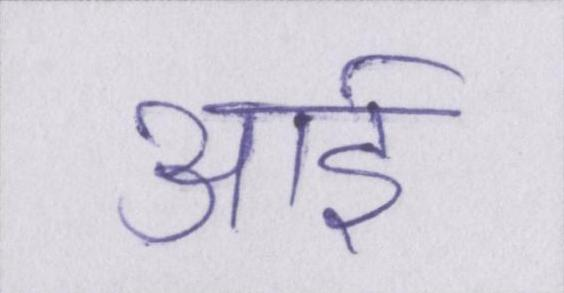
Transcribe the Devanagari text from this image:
आई